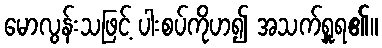
မောလွန်းသဖြင့် ပါးစပ်ကိုဟ၍ အသက်ရှူရ၏။